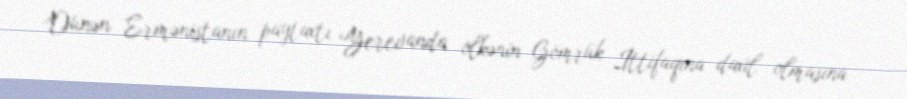
Dünən Ermənistanın paytaxtı Yerevanda ölkənin Gömrük İttifaqına daxil olmasına